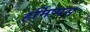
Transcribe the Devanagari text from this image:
हर्मिप्पस